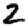
Digit: 2